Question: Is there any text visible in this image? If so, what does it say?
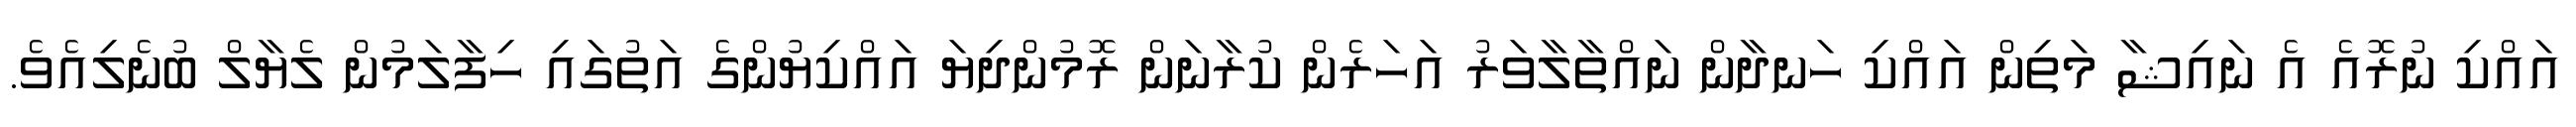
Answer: އައްކި ނުރޮއެ އެ ނައިޝާ މަތިން އައްކި ހަނދާން ނައްތާލާވަރު އަހަރެން ކުރާނަން ރޮމުންދިޔަ އައްކިޔުންގެ އަތުގައި ހިފާލަމުން ލެޔާލް ބުނެލިއެވެ.